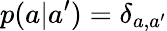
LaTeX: p(a|a^{\prime})=\delta_{a,a^{\prime}}